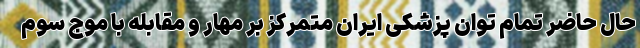
حال حاضر تمام توان پزشکی ایران متمرکز بر مهار و مقابله با موج سوم